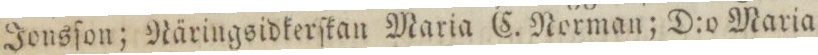
Jonsſon; Näringsidkerſkan Maria C. Norman; D:o Maria